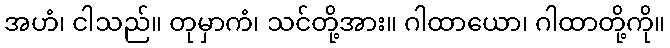
အဟံ၊ ငါသည်။ တုမှာကံ၊ သင်တို့အား။ ဂါထာယော၊ ဂါထာတို့ကို။